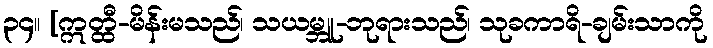
၃၄။ [ဣတ္ထီ-မိန်းမသည်၊ သယမ္ဘူ-ဘုရားသည်၊ သုခကာရိ-ချမ်းသာကို